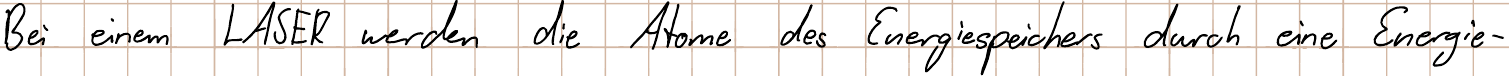
Bei einem LASER werden die Atome des Energiespeichers durch eine Energie-